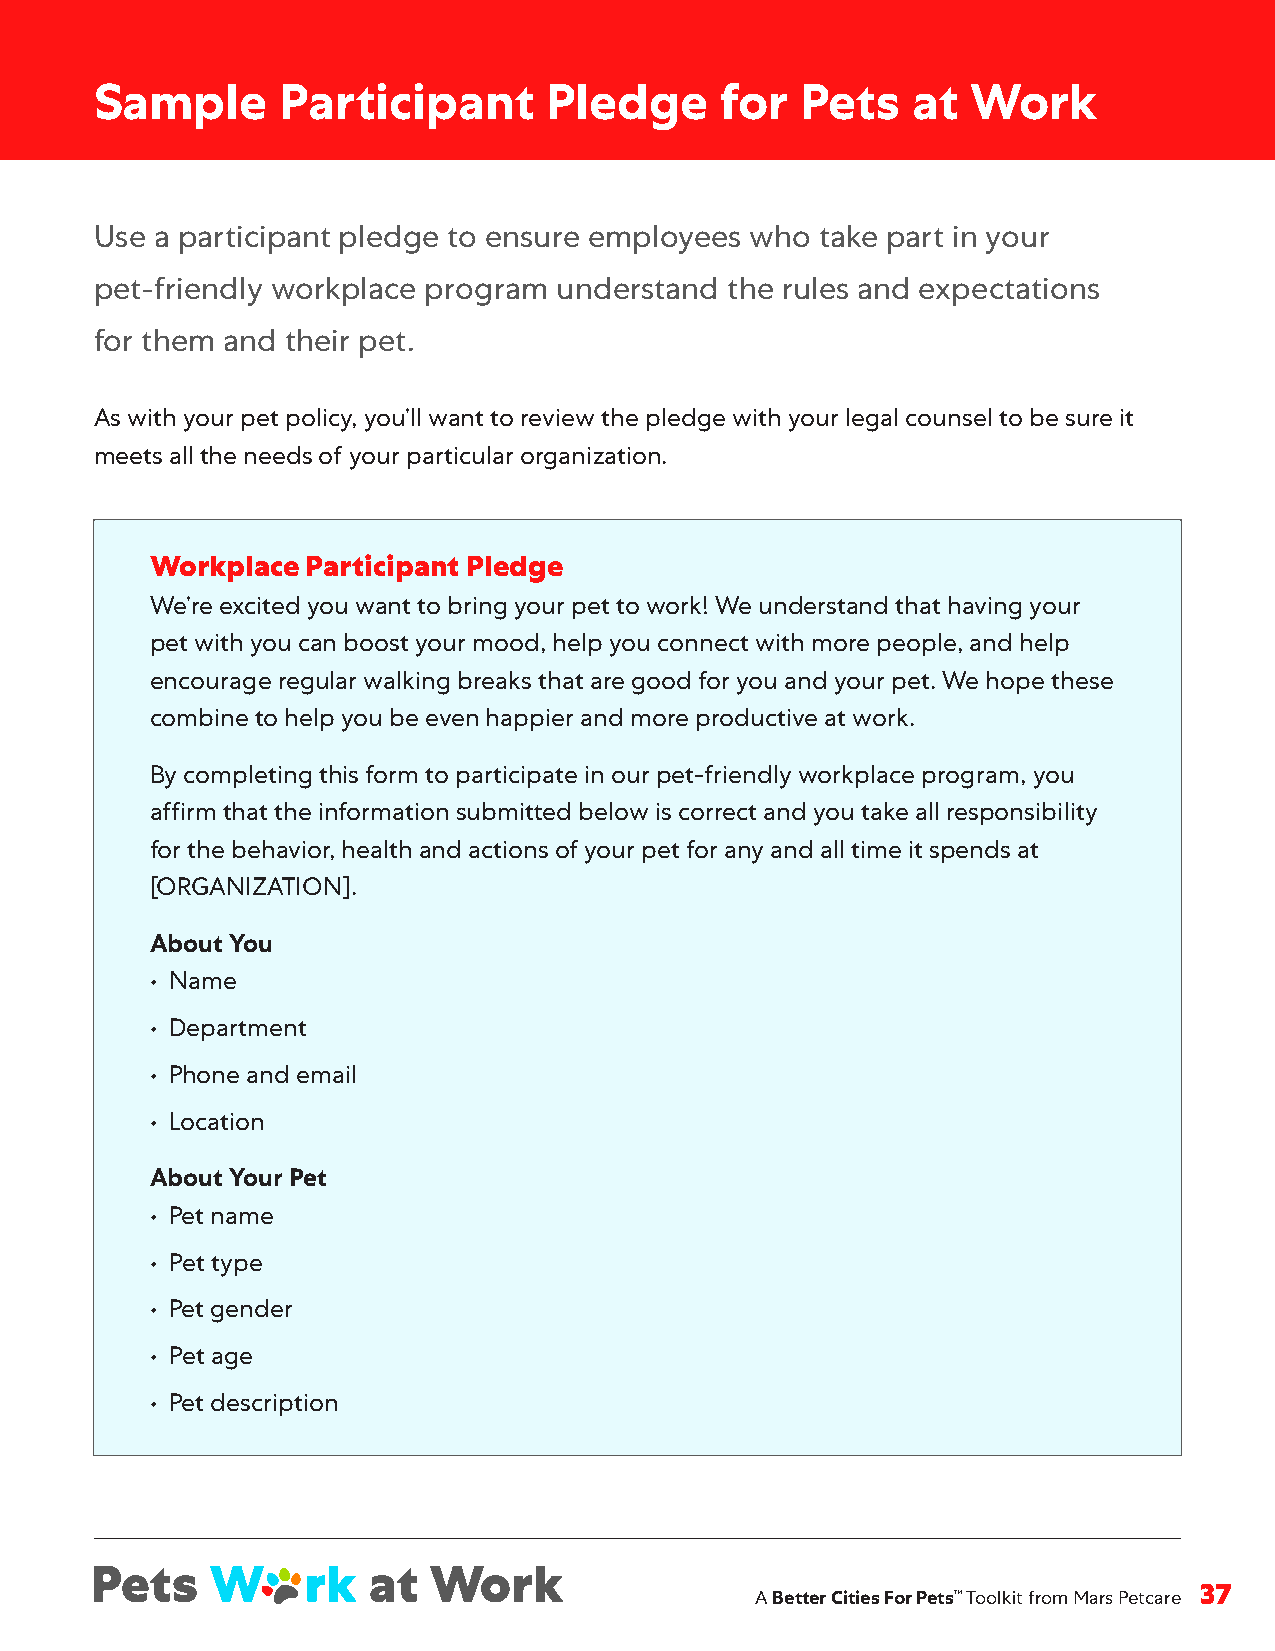
Sample       Participant      Pledge      for  Pets   at  Work
 Use a participant pledge to ensure employees who take part in your
 pet-friendly workplace program understand the rules and expectations
 for them and their pet .
 As with your pet policy, you’ll want to review the pledge with your legal counsel to be sure it
 meets all the needs of your particular organization .
 Workplace Participant Pledge
 We’re excited you want to bring your pet to work! We understand that having your
 pet with you can boost your mood, help you connect with more people, and help
 encourage regular walking breaks that are good for you and your pet . We hope these
 combine to help you be even happier and more productive at work .
 By completing this form to participate in our pet-friendly workplace program, you
 affirm that the information submitted below is correct and you take all responsibility
 for the behavior, health and actions of your pet for any and all time it spends at
 [ORGANIZATION] .
 About You
 • Name
 • Department
 • Phone and email
 • Location
 About Your Pet
 • Pet name
 • Pet type
 • Pet gender
 • Pet age
 • Pet description
 A Better Cities For Pets™ Toolkit from Mars Petcare 37